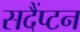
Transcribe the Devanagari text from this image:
सदैंप्टन